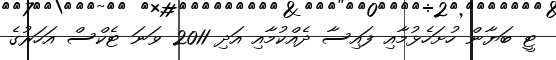
ޓީ ބަޔާން ހުށަހެޅުމާއި ފައިސާ ދެއްކުމާއި އަދި 2011 ވަނަ ޓެކްސް އަހަރުގެ